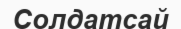
Солдатсай